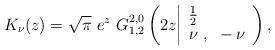
LaTeX: \begin{align*}K_{\nu}(z)=\sqrt{\pi}~e^{z}~G_{{1} ,{2}}^{{2},{0}} \left( 2z \bigg{|} \begin{array}{lll} \frac{1}{2}\\ \nu~,~-\nu \end{array} \right),\end{align*}